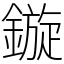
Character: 鏇